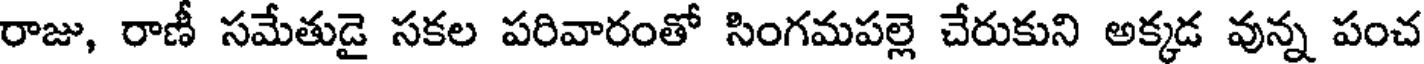
రాజు, రాణీ సమేతుడై సకల పరివారంతో సింగమపల్లె చేరుకుని అక్కడ వున్న పంచ